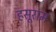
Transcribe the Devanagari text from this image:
हसूराम